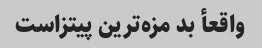
واقعأ بد مزه‌ترین پیتزاست